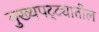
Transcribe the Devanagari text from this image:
मुख्यपट्ट्यातील